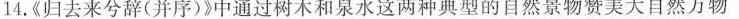
14.《归去来兮辞(并序)》中通过树木和泉水这两种典型的自然景物赞美大自然万物